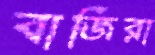
বাজিরা